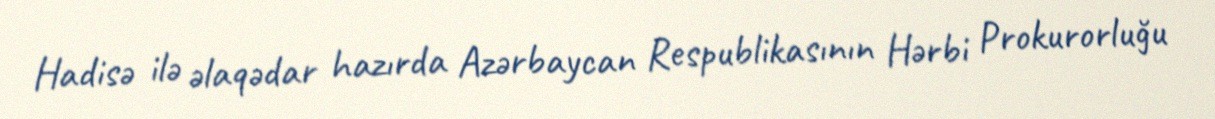
Hadisə ilə əlaqədar hazırda Azərbaycan Respublikasının Hərbi Prokurorluğu